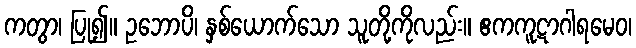
ကတွာ၊ ပြု၍။ ဥဘောပိ၊ နှစ်ယောက်သော သူတို့ကိုလည်း။ ဧကကူဋာဂါရမေဝ၊